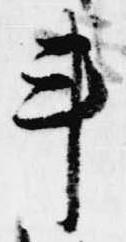
車